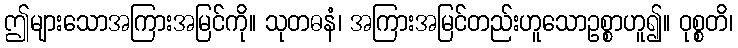
ဤများသောအကြားအမြင်ကို။ သုတဓနံ၊ အကြားအမြင်တည်းဟူသောဥစ္စာဟူ၍။ ဝုစ္စတိ၊